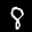
Label: 8